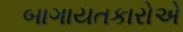
બાગાયતકારોએ